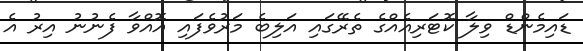
ޑައިމެންޑް ވިލާ ކޮޓަރިއެއްގެ ތެރޭގައި އަލިބެ މަރުވެފައި އޮއްވާ ފެނުނު އިރު އެ